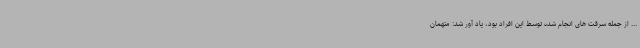
... از جمله سرقت های انجام شده توسط این افراد بود، یاد آور شد: متهمان